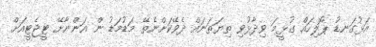
އަޅުގަނޑު ޕޮލިހައް ގުޅީމަ ވިދާޅުވި ތިޔަތަނައް ދެވޭކަށްނެތޭ މަޑުމަޑު ން އަންނާށޭ ޓީޖެޓީއަށް